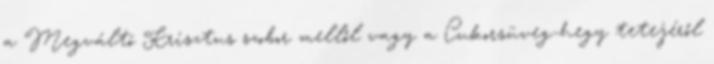
a Megváltó Krisztus szobor mellől vagy a Cukorsüveg-hegy tetejéről